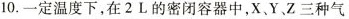
10.一定温度下，在2L的密闭容器中，X、Y、Z三种气